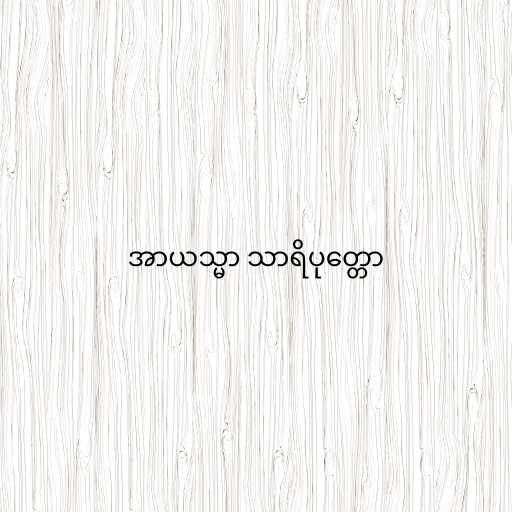
အာယသ္မာ သာရိပုတ္တော